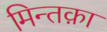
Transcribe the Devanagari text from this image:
मिन्तक़ा